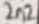
Text: 2n2